65_HS1-834228961_62-HQ-83894_Section_6
Agency: FBI
Page 244
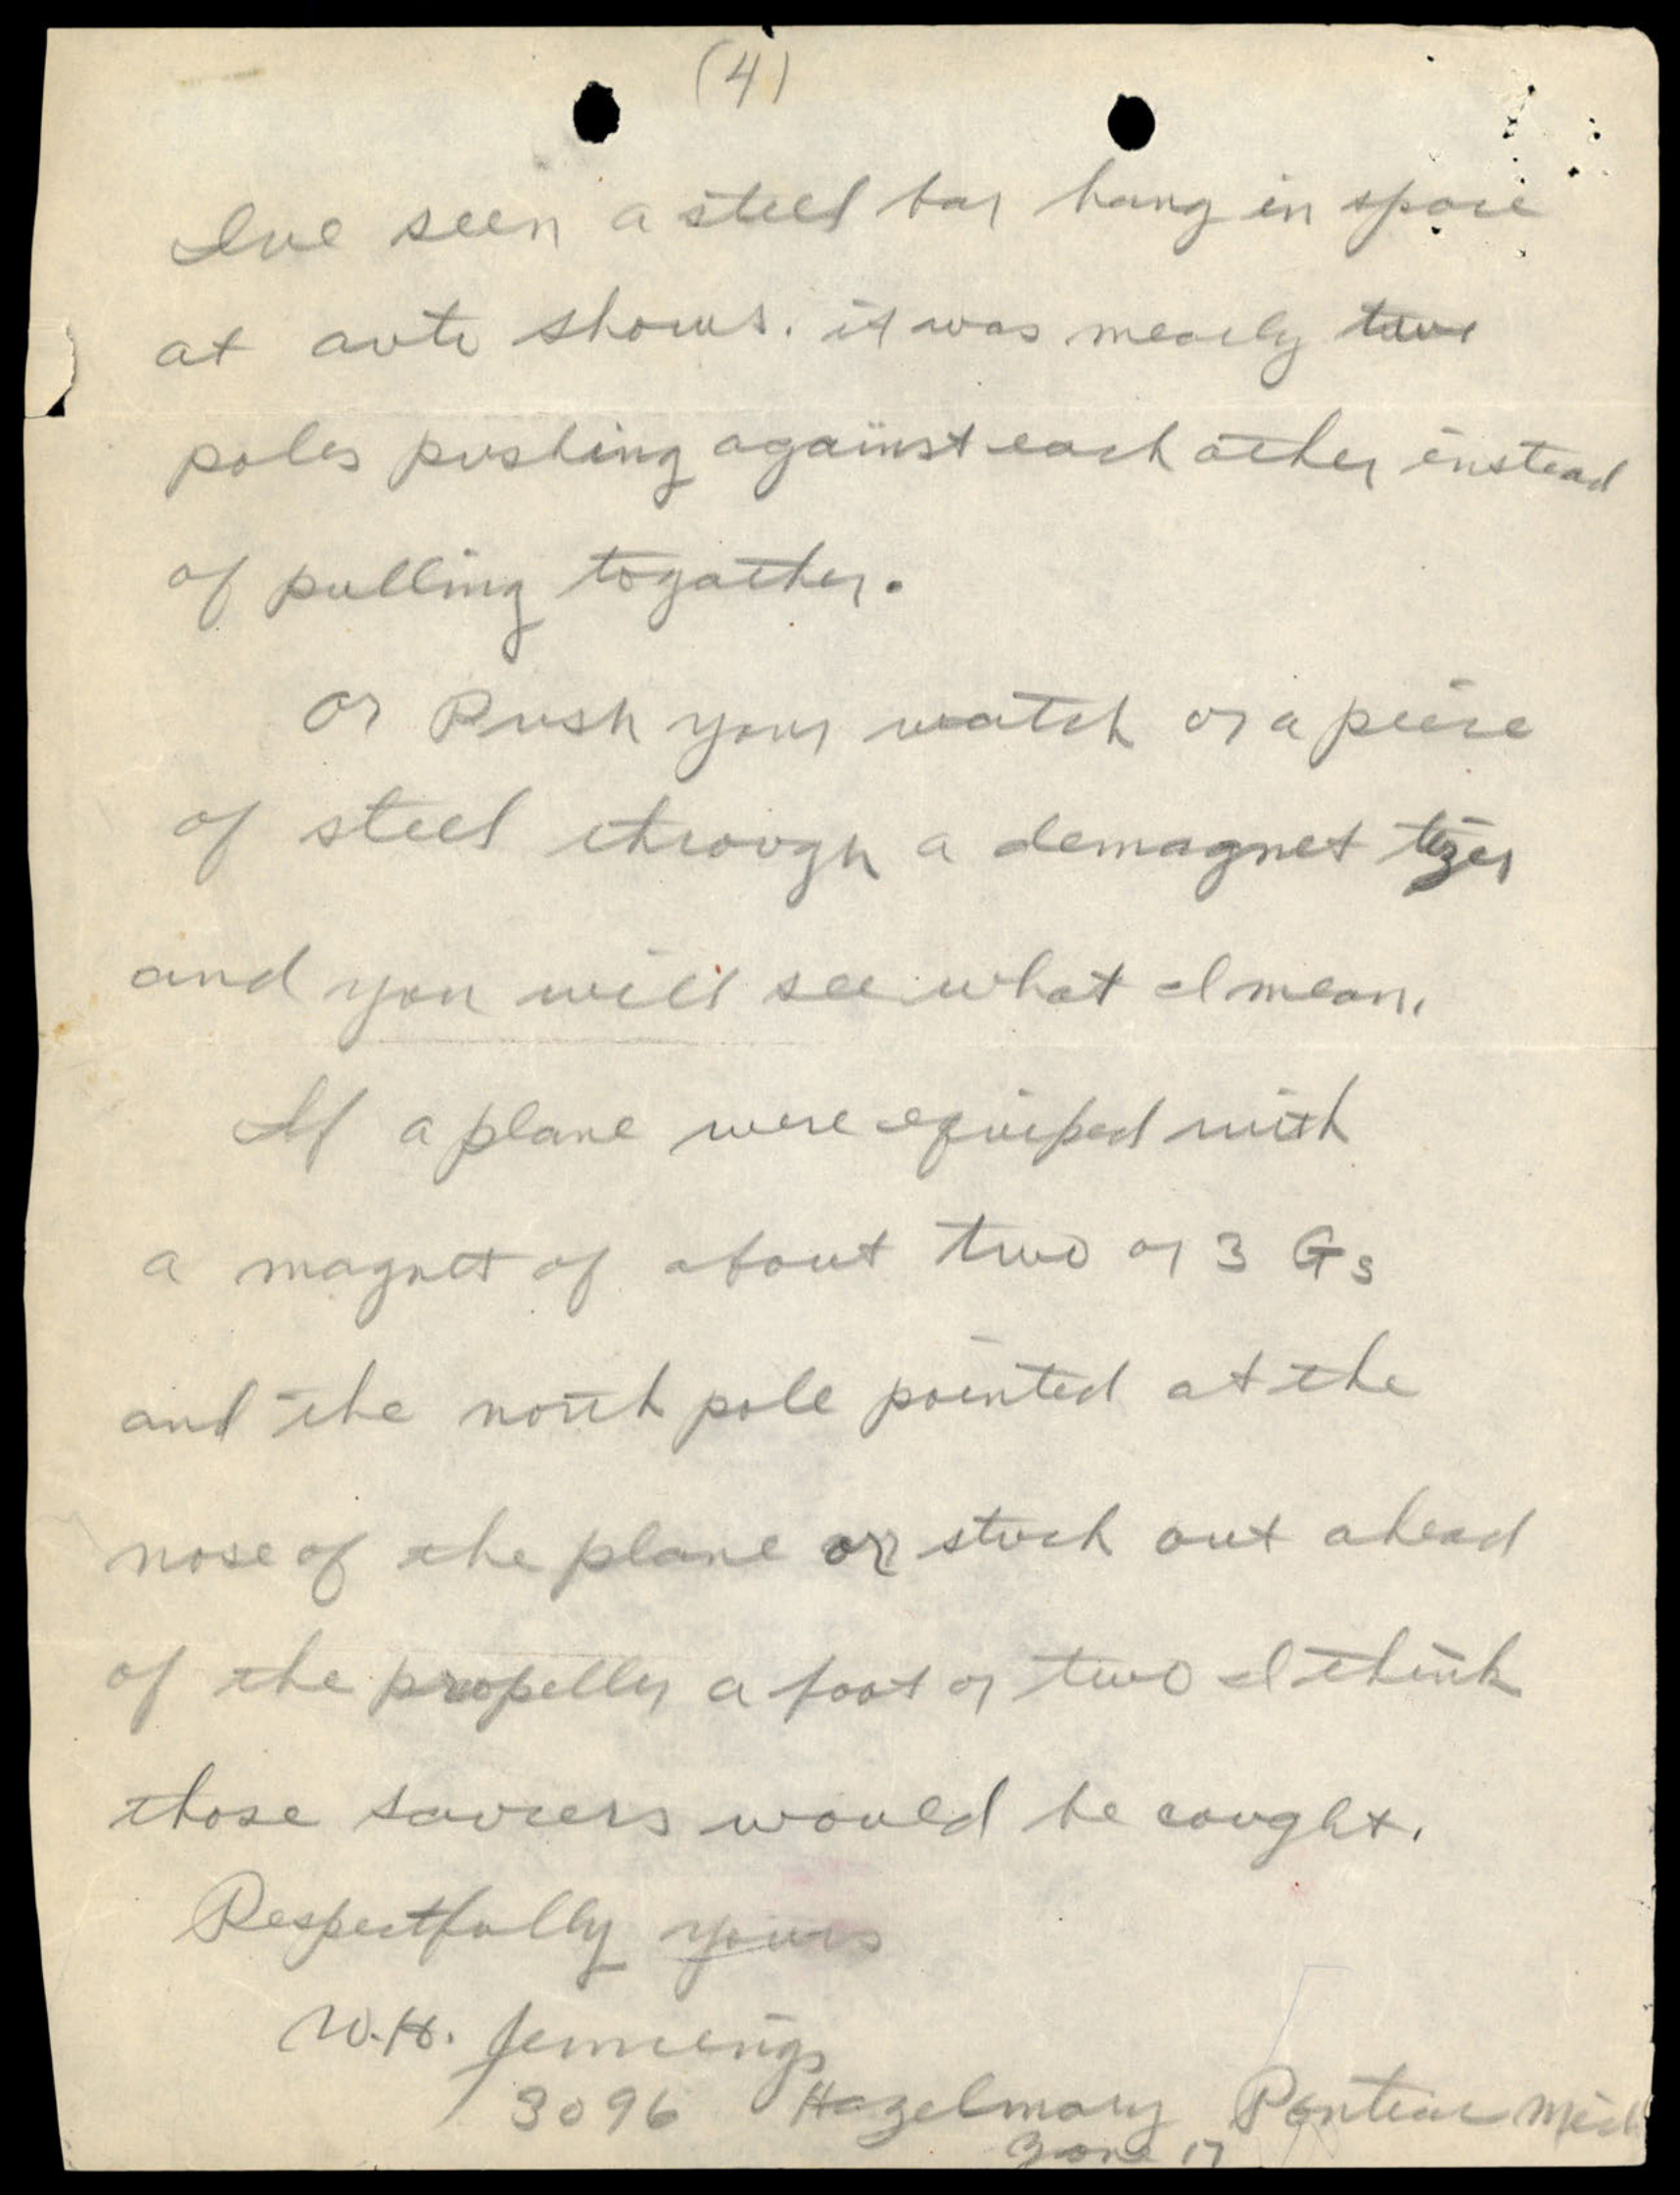